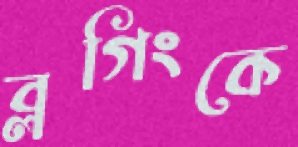
ব্লগিংকে